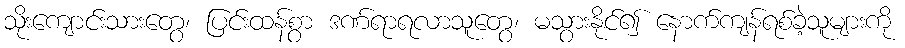
သိုးကျောင်းသားတွေ၊ ပြင်းထန်စွာ ဒဏ်ရာရလာသူတွေ၊ မသွားနိုင်၍ နောက်ကျန်ရစ်ခဲ့သူများကို